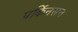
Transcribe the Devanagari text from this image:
पर्किनसन